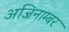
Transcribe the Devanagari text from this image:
अजिनाम्बर